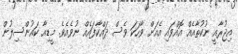
އިޖުރާއީ ނުކުތާއެއް އޮއްވައި އެއަށް ވާހަކަ ވެސް ދައްކާފައެއް ނުވެއެވެ. މީޑިއާ ކައުންސިލުން